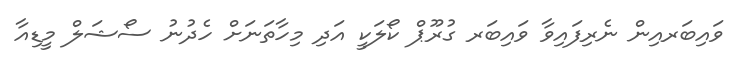
ވައިބަރއިން ނެރިފައިވާ ވައިބަރ ގުރޫޕް ކޯލަކީ އަދި މިހާތަނަށް ހެދުނު ސޯޝަލް މީޑިއާ